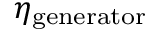
\eta _ { \mathrm { g e n e r a t o r } }